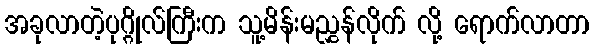
အခုလာတဲ့ပုဂ္ဂိုလ်ကြီးက သူ့မိန်းမညွှန်လိုက် လို့ ရောက်လာတာ